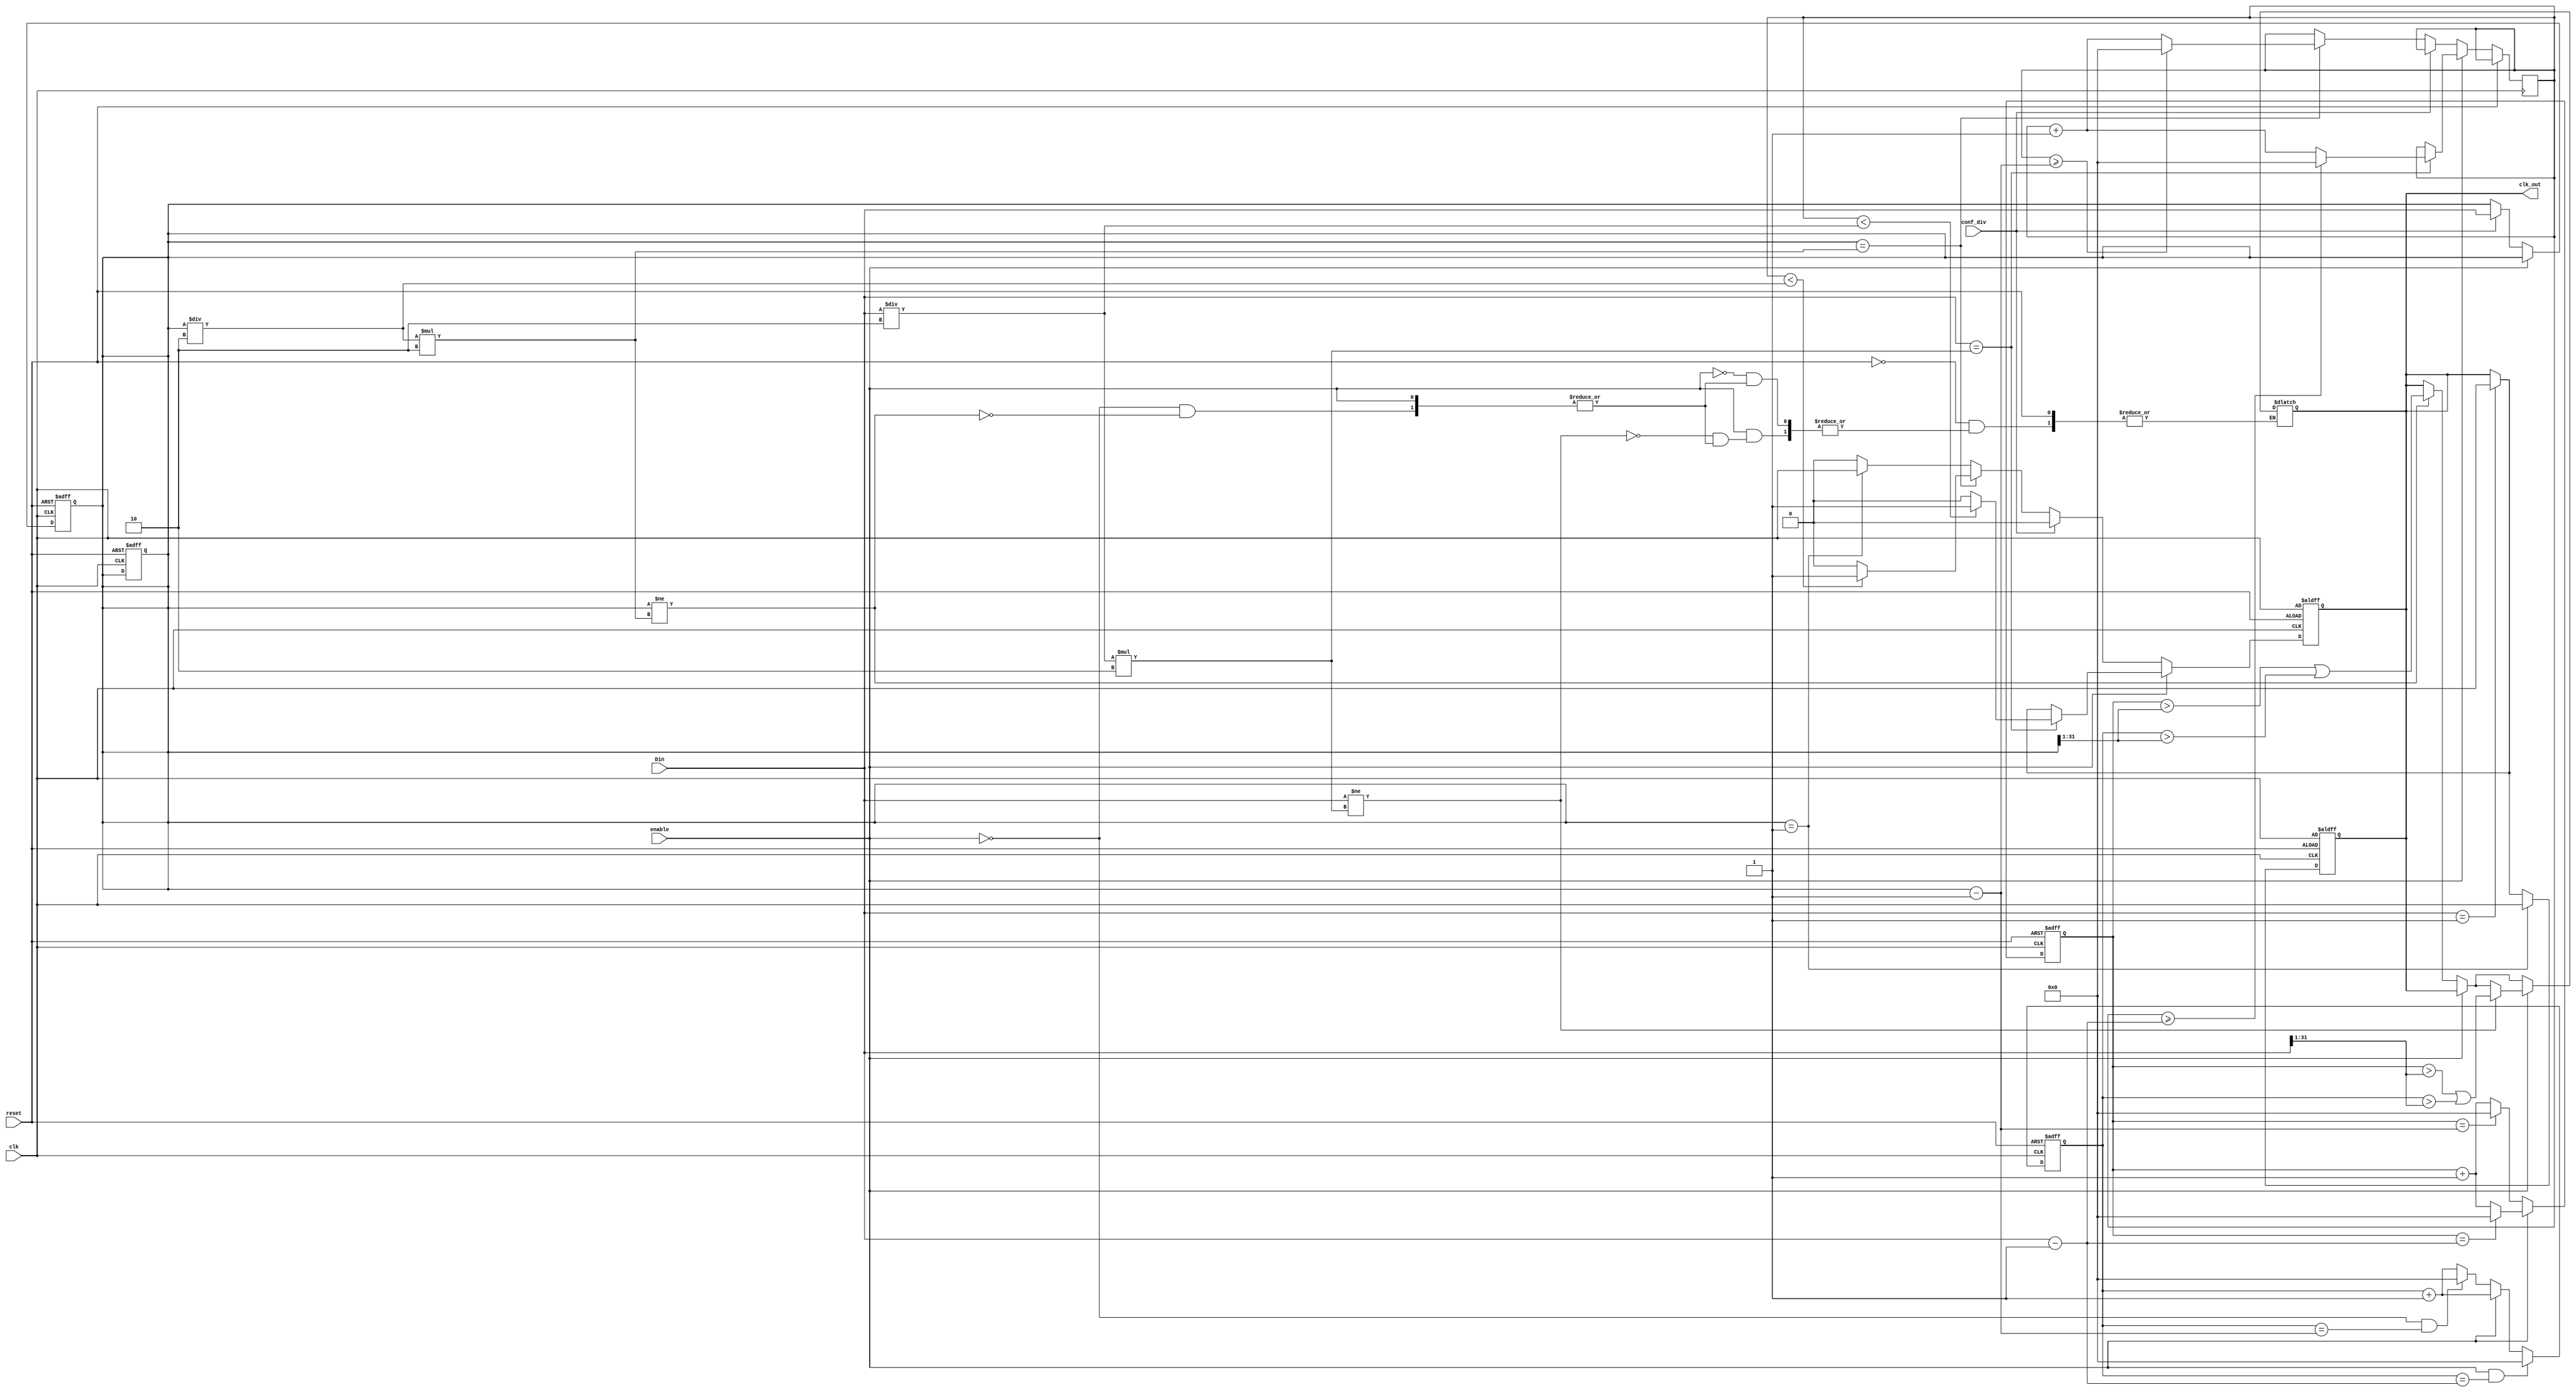
module DIV_FREQ(
	input [31:0] Din,
	input conf_div,
	input enable,
	input reset,
	input clk,
	output reg clk_out
);

	reg [31:0] t = 32'h1;
	reg [31:0] count = 32'h0;
	reg [31:0] pos_count = 32'h0;
	reg [31:0] neg_count = 32'h0;

	always @(posedge clk, posedge reset) begin

		if(reset) begin

			t <= 32'h1;
			clk_out <= clk;
			pos_count <= 32'h0;

		end

		else begin

			
			if(!enable) begin

				clk_out <= 0;

			  if(pos_count == t-1) 
				  pos_count <= 0;
			  else pos_count <= pos_count + 1;

				if(!conf_div) begin
					
					if(t == 1)
						clk_out <= clk;

					if(t == (t / 2 * 2)) begin

					//clk_out <= t * clk
					count <= count + 32'h1;
					if(count >= (t - 1))
						count <= 32'h0;
					clk_out <= (count < t / 2) ? 1'b1 : 1'b0;

					end

			end

				else
					t <= Din;
		end


			else begin

			  if(pos_count == Din-1) 
				  pos_count <= 0;
			  else pos_count <= pos_count + 1;

			  if(Din == 1)
				  clk_out <= clk;

					if(Din == (Din / 2 * 2)) begin

					//clk_out <= Din * clk;
					count <= count + 32'h1;
					if(count >= (Din - 1))
						count <= 32'h0;
					clk_out <= (count < Din / 2) ? 1'b1 : 1'b0;

					end

			end

		end

	end
			
	always @(negedge clk, posedge reset) begin

		if(reset) begin

			t <= 32'h1;
			clk_out <= clk;
			neg_count <= 32'h0;

		end

		else begin

			  if(Din == 1)
				  clk_out <= clk;

			  if(t == 1)
				  clk_out <= clk;

			if (!enable && neg_count == t - 1)
				neg_count <= 0;
			else if(!enable) neg_count <= neg_count + 1;

			if (enable && neg_count == Din - 1)
				neg_count <= 0;
			else if(enable) neg_count <= neg_count + 1;

			end
	end

	always @(pos_count, neg_count) begin

		if(!reset) begin

			if(!enable)
				if(t != t / 2 * 2)
					clk_out <= ((pos_count > (t >> 1)) | (neg_count > (t >> 1)));

			if(enable)
				if(Din != Din / 2 * 2)
					clk_out <= ((pos_count > (Din >> 1)) | (neg_count > (Din >> 1))); 

		end

	end




	//assign clk_out = ((t != t / 2 * 2)) ? ((!enable) ? ((pos_count > (t >> 1)) | (neg_count > (t >> 1))) : ((pos_count > (Din >> 1)) | (neg_count > (Din >> 1)))) : clk_out;

endmodule